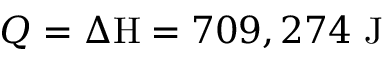
Q = { \Delta \mathrm { H } } = 7 0 9 , 2 7 4 { \mathrm { ~ J } }